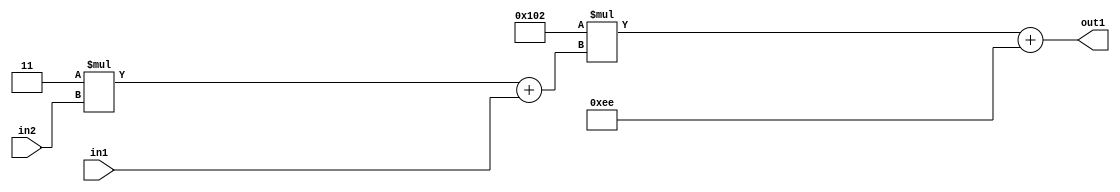
`timescale 1ps / 1ps
/*****************************************************************************
    Verilog RTL Description
    
    
    Created by: Stratus DpOpt 2019.1.01 
*******************************************************************************/

module DC_Filter_Add2i238Mul2i258Add2u1Mul2i3u2_1 (
	in2,
	in1,
	out1
	); /* architecture "behavioural" */ 
input [1:0] in2;
input  in1;
output [11:0] out1;
wire [11:0] asc001;
wire [3:0] asc002;

wire [3:0] asc002_tmp_0;
assign asc002_tmp_0 = 
	+(4'B0011 * in2);
assign asc002 = asc002_tmp_0
	+(in1);

wire [11:0] asc001_tmp_1;
assign asc001_tmp_1 = 
	+(12'B000100000010 * asc002);
assign asc001 = asc001_tmp_1
	+(12'B000011101110);

assign out1 = asc001;
endmodule

/* CADENCE  v7XzSg0= : u9/ySgnWtBlWxVPRXgAZ4Og= ** DO NOT EDIT THIS LINE ******/